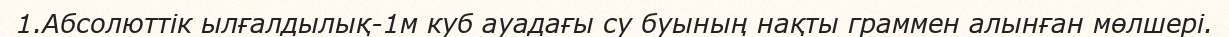
1.Абсолюттік ылғалдылық-1м куб ауадағы су буының нақты граммен алынған мөлшері.